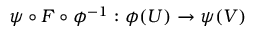
\psi \circ F \circ \phi ^ { - 1 } : \phi ( U ) \to \psi ( V )